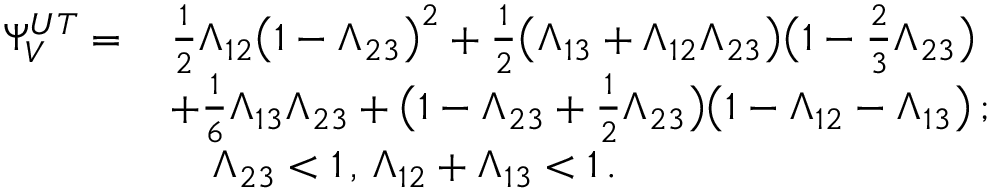
\begin{array} { r l } { \Psi _ { V } ^ { U T } = \, } & { \frac { 1 } { 2 } \Lambda _ { 1 2 } \big ( 1 - \Lambda _ { 2 3 } \big ) ^ { 2 } + \frac { 1 } { 2 } \big ( \Lambda _ { 1 3 } + \Lambda _ { 1 2 } \Lambda _ { 2 3 } \big ) \big ( 1 - \frac { 2 } { 3 } \Lambda _ { 2 3 } \big ) } \\ & { + \frac { 1 } { 6 } \Lambda _ { 1 3 } \Lambda _ { 2 3 } + \big ( 1 - \Lambda _ { 2 3 } + \frac { 1 } { 2 } \Lambda _ { 2 3 } \big ) \big ( 1 - \Lambda _ { 1 2 } - \Lambda _ { 1 3 } \big ) \, ; } \\ & { \quad \Lambda _ { 2 3 } < 1 \, , \, \Lambda _ { 1 2 } + \Lambda _ { 1 3 } < 1 \, . } \end{array}